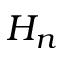
H _ { n }